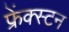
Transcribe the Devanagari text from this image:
फ्रेंक्स्टन